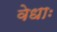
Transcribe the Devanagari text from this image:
वेधाः